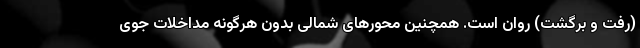
(رفت و برگشت) روان است. همچنین محورهای شمالی بدون هرگونه مداخلات جوی